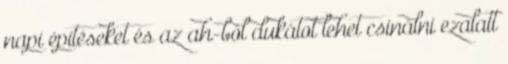
napi építéseket és az ah-ból dukátot lehet csinálni ezalatt